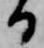
る